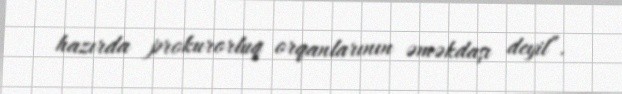
hazırda prokurorluq orqanlarının əməkdaşı deyil”.